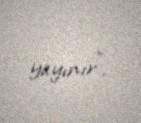
yayınır”.